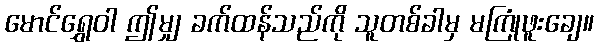
မောင်ရွှေဝါ ဤမျှ ခက်ထန်သည်ကို သူတစ်ခါမှ မကြုံဖူးချေ။